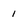
Character: 1